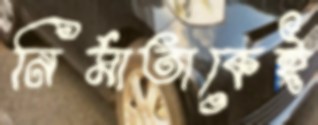
নির্মাতাকেই